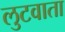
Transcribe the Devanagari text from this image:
लुटवाता